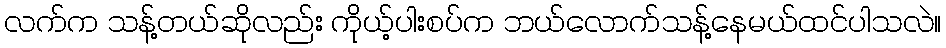
လက်က သန့်တယ်ဆိုလည်း ကိုယ့်ပါးစပ်က ဘယ်လောက်သန့်နေမယ်ထင်ပါသလဲ။